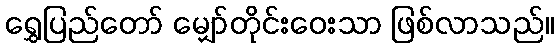
ရွှေပြည်တော် မျှော်တိုင်းဝေးသာ ဖြစ်လာသည်။